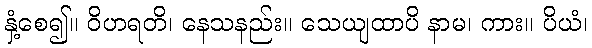
နှံ့စေ၍။ ဝိဟရတိ၊ နေသနည်း။ သေယျထာပိ နာမ၊ ကား။ ပိယံ၊